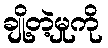
ချို့တဲ့မှုကို